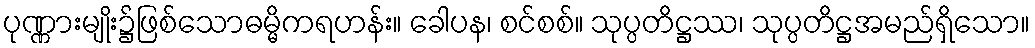
ပုဏ္ဏားမျိုး၌ဖြစ်သောဓမ္မိကရဟန်း။ ခေါပန၊ စင်စစ်။ သုပ္ပတိဋ္ဌဿ၊ သုပ္ပတိဋ္ဌအမည်ရှိသော။